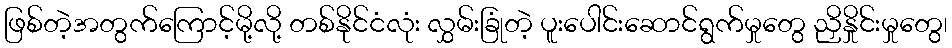
ဖြစ်တဲ့အတွက်ကြောင့်မို့လို့ တစ်နိုင်ငံလုံး လွှမ်းခြုံတဲ့ ပူးပေါင်းဆောင်ရွက်မှုတွေ ညှိနှိုင်းမှုတွေ၊